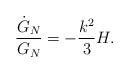
LaTeX: \begin{align*}{\dot{G}_{N}\over G_{N}} =-{k^2\over 3} H.\end{align*}